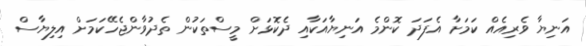
އަނިޔާ ވެރިއެއް ކަމަށާ އެފަދަ ކޮންމެ އަނިޔާއަކާއި ދެކޮޅަށް މީސްތަކުން ތެދުވާންޖެހޭކަމަށް އިލިޔާސް